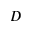
D